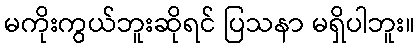
မကိုးကွယ်ဘူးဆိုရင် ပြသနာ မရှိပါဘူး။